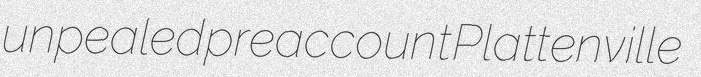
unpealed preaccount Plattenville